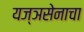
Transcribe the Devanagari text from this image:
यज्ञसेनाचा